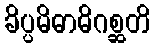
ခိပ္ပမိဓာဓိဂစ္ဆတိ